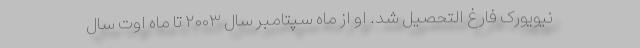
نیویورک فارغ التحصیل شد. او از ماه سپتامبر سال ۲۰۰۳ تا ماه اوت سال